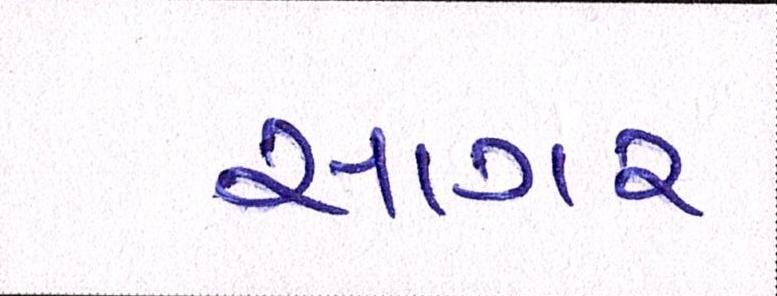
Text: સાગર